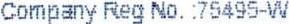
COMPANY REG NO. :75495-W